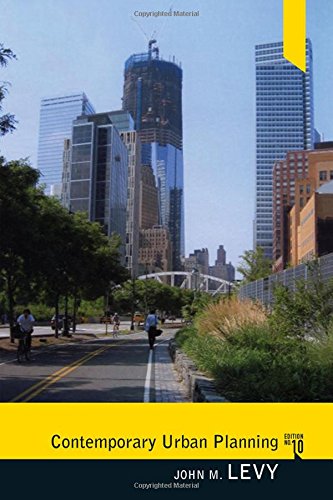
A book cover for Contemporary Urban Planning; John M Levy; Arts & Photography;